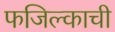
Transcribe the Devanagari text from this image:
फजिल्काची